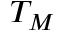
T _ { M }